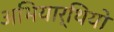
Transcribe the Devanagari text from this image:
अभियार्थियो